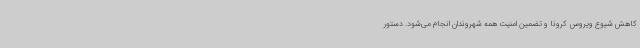
کاهش شیوع ویروس کرونا و تضمین امنیت همه شهروندان انجام می‌شود. دستور